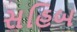
સહિબ